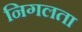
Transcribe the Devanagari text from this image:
निगलता